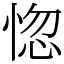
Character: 惚